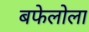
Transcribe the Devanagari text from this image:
बफेलोला